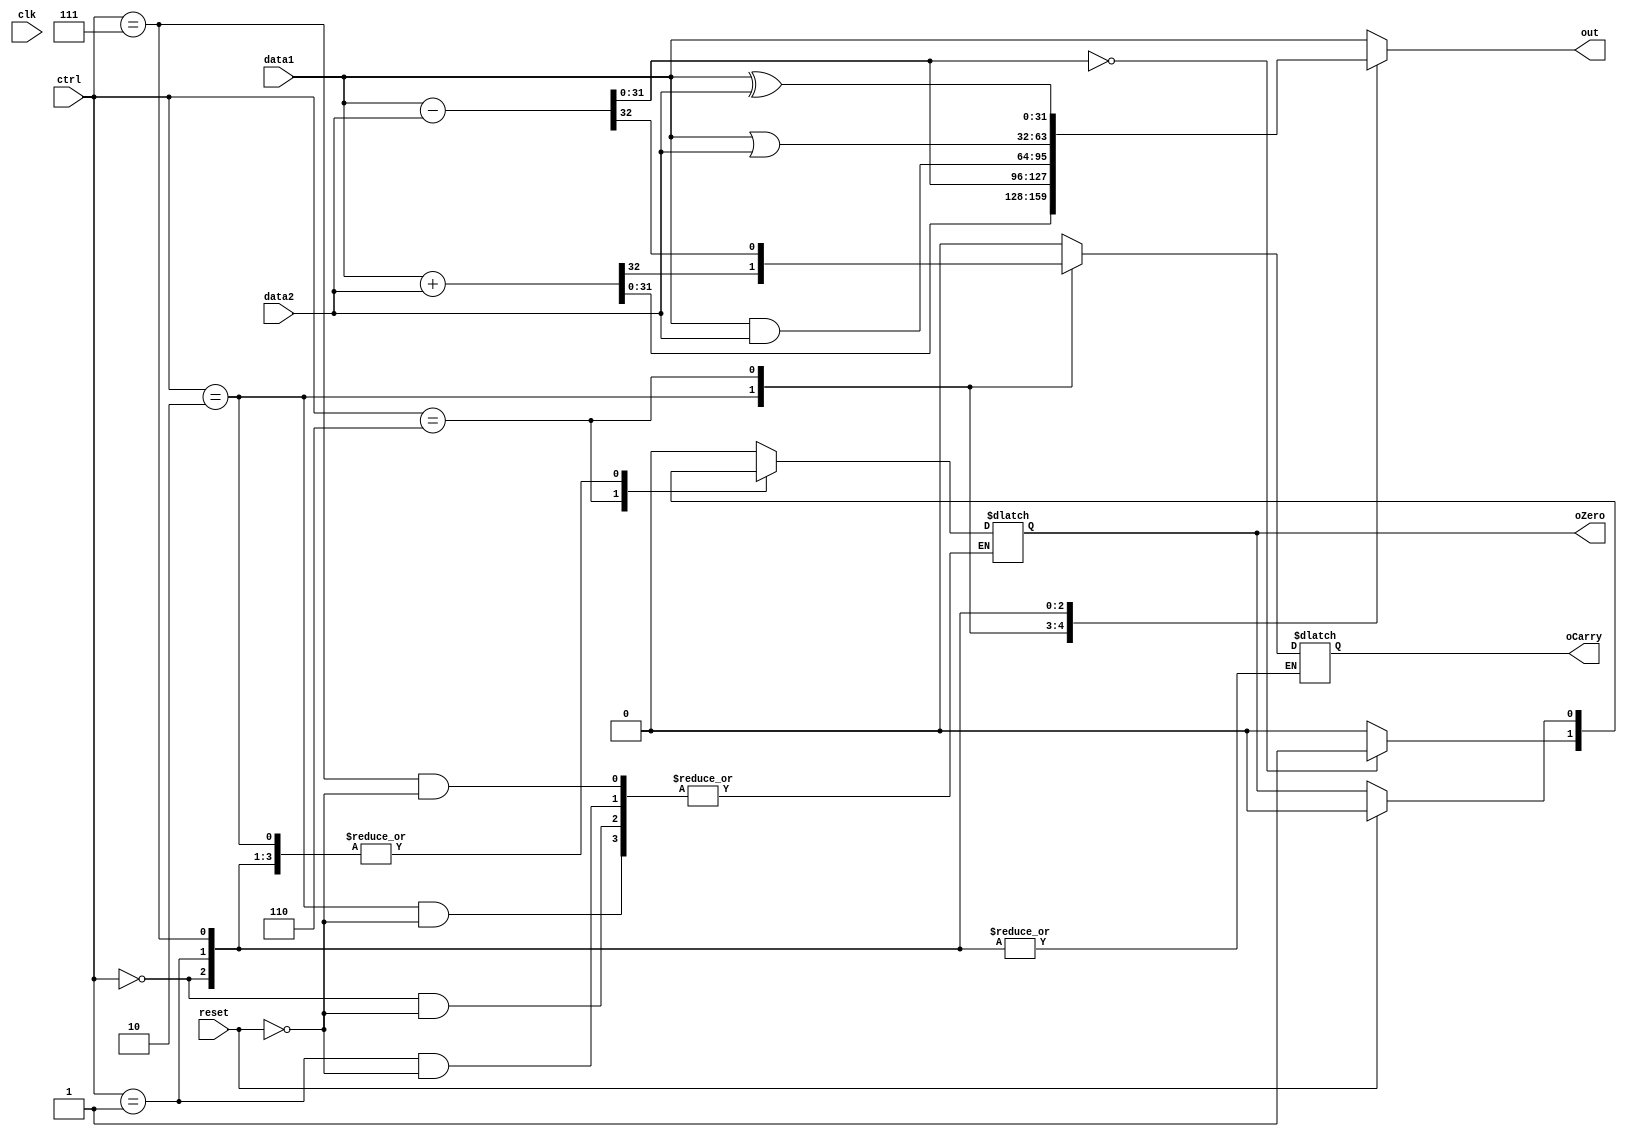
module alu32(reset,data1, data2 ,clk, ctrl, oCarry,oZero, out);  
  
input [31:0] data1;
input [31:0] data2;
input reset;
input [2:0] ctrl;
input clk;
output reg oCarry;
output reg oZero;
output reg [31:0] out;

always@ (*)

    begin 
    if (reset == 1)
        oZero = 1'b0;
    else
        oZero=oZero;
        
        case(ctrl)
            3'b010: {oCarry ,out} = data1+data2;
            3'b110: begin {oCarry, out} = data1-data2;
                                              
                    if (out == 32'b0000_0000_0000_0000_0000_0000_0000_0000)//no entra
                            oZero = 1;
                        else 
                            oZero = 0;
                    end
      
            3'b000: out = data1&data2;
            3'b001: out = data1|data2;
            3'b111: out = data1^data2;
            default: 
                begin
                    out  = data1;
                    oZero = 0;
                    oCarry = 0;
                end            
        endcase
    end
endmodule